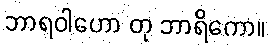
ဘာရဝါဟော တု ဘာရိကော။